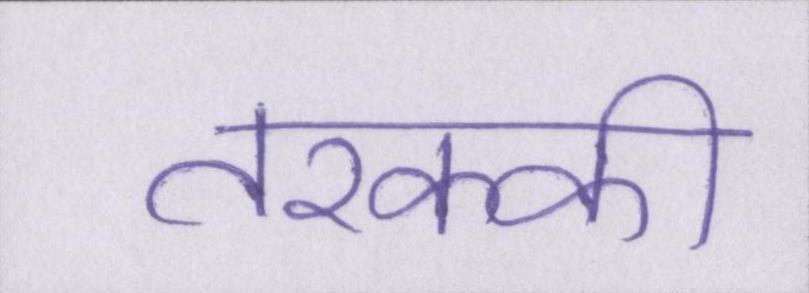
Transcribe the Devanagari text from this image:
तरक्की